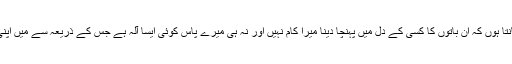
آپ فرماتے ہیں کہ: ’’مَیں خوب جانتا ہوں کہ ان باتوں کا کسی کے دل میں پہنچا دینا میرا کام نہیں اور نہ ہی میرے پاس کوئی ایسا آلہ ہے جس کے ذریعہ سے میں اپنی بات کسی کے دل میں بٹھا دوں‘‘۔